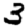
Digit: 3